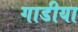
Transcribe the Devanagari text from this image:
गाडीया